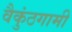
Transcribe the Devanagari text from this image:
वैकुंठगामी